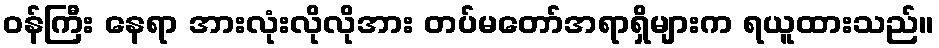
ဝန်ကြီး နေရာ အားလုံးလိုလိုအား တပ်မတော်အရာရှိများက ရယူထားသည်။